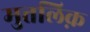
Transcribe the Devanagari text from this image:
मुत्तलिक़